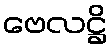
ဗေလဋ္ဌိ